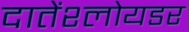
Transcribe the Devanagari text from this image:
दातेंश्लोयडर